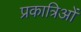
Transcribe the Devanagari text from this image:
प्रकात्रिओं